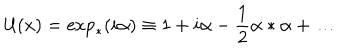
LaTeX: { \cal U } ( x ) = \exp _ { * } ( i \alpha ) \equiv 1 + i \alpha - \frac { 1 } { 2 } \alpha * \alpha + \ldots